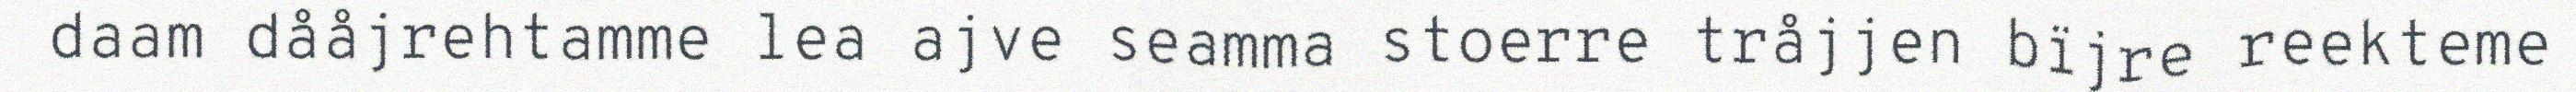
daam dååjrehtamme lea ajve seamma stoerre tråjjen bïjre reekteme